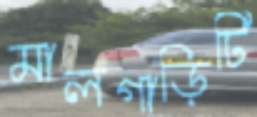
মালগাড়িটি